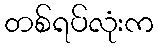
တစ်ရပ်လုံးက